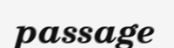
passage